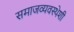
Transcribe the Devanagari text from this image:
समाजव्यवस्थेशी